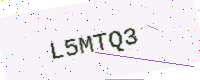
Text: L5MTQ3